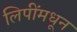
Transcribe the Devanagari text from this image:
लिपींमधून